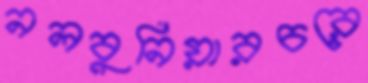
নলবুনিয়ারচরে